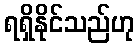
ရရှိနိုင်သည်ဟု